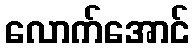
လောက်အောင်